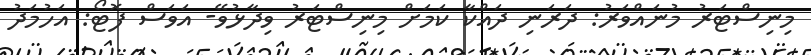
މިނިސްޓަރު މުނައްވަރު: ދަރަނި ދައްކާ ކަމަށް މިނިސްޓަރު ވިދާޅުވޭ- އަވަސް ފޮޓޯ: އަހުމަދު